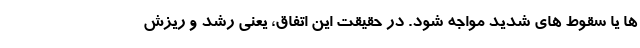
ها یا سقوط های شدید مواجه شود. در حقیقت این اتفاق، یعنی رشد و ریزش